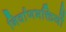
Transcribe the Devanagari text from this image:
निर्वाणभक्तियों